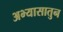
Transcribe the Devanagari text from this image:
अभ्यासातुन